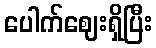
ပေါက်ဈေးရှိပြီး